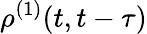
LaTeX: \rho^{(1)}(t,t-\tau)